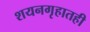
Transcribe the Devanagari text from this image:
शयनगृहातही